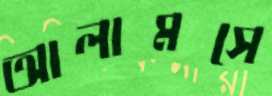
আলামসে